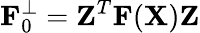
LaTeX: {\displaystyle{\mathbf F}_{0}^{\perp}={\mathbf Z}^{T}{\mathbf F}({\mathbf X}){\mathbf Z}}